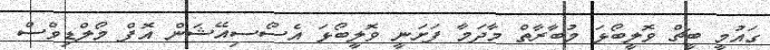
ގައުމީ ބީޗް ވޮލީބޯޅަ މުބާރާތް މާދަމާ ފަށަނީ ވޮލީބޯޅަ އެސޯސިއޭޝަން އޮފް މޯލްޑިވްސް